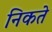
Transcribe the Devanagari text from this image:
निकते